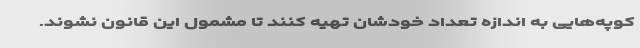
کوپه‌هایی به اندازه تعداد خودشان تهیه کنند تا مشمول این قانون نشوند.